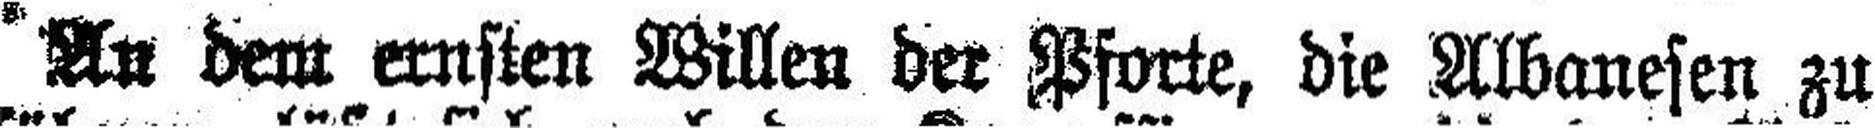
An dem ernsten Willen der Pforte, die Albanesen zu